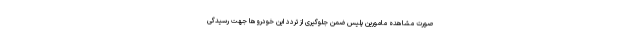
صورت مشاهده مامورین پلیس ضمن جلوگیری از تردد این خودروها جهت رسیدگی